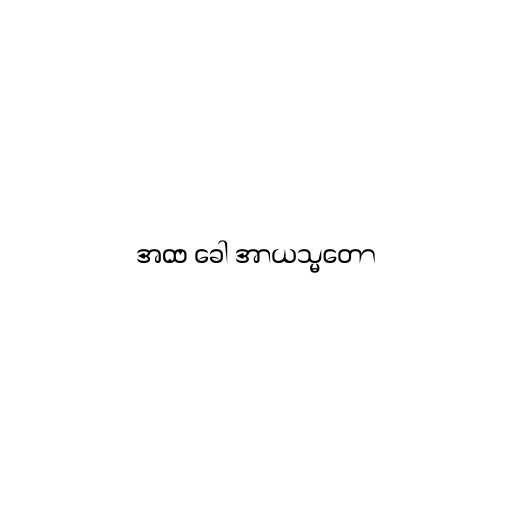
အထ ခေါ အာယသ္မတော